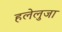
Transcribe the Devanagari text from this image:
हलेलुजा